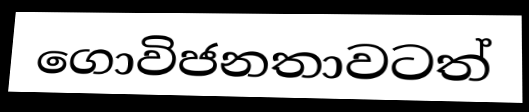
ගොවිජනතාවටත්